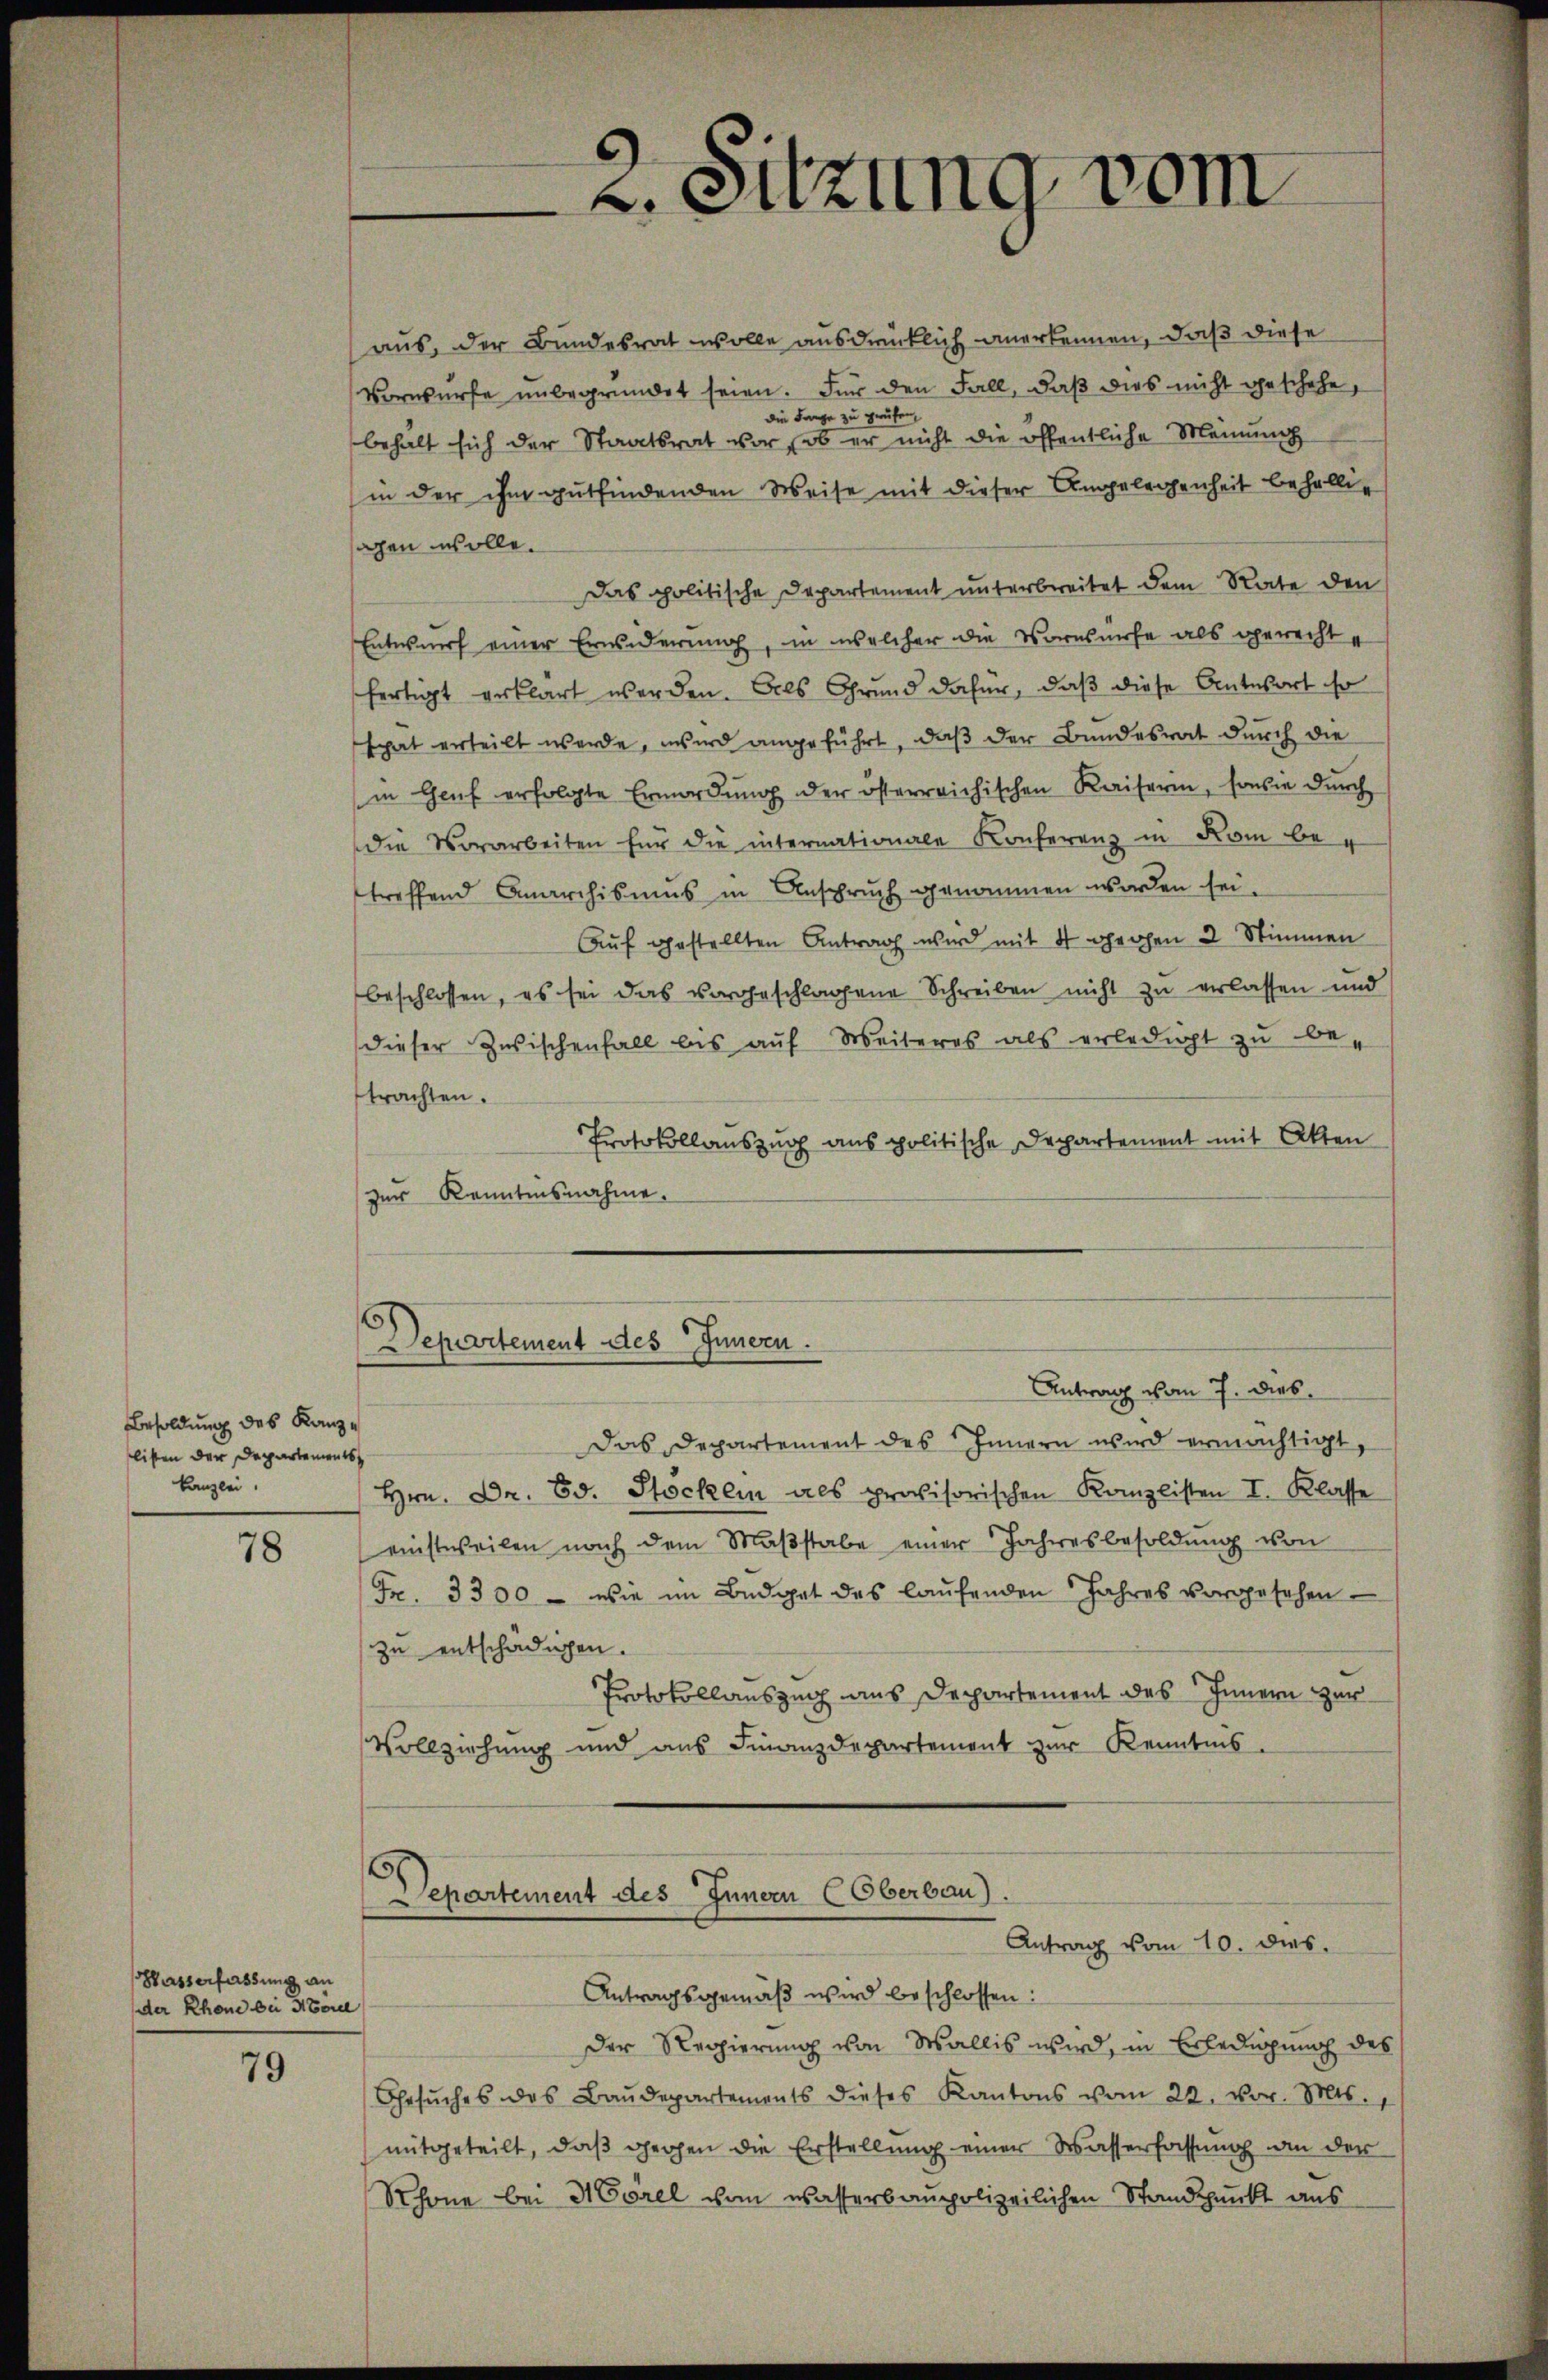
Besoldung des Kanzlisten der Departements
kanzlei.

78

aus, der Bundesrat wolle ausdrücklich anerkennen, daß diese
Vorwürfe unbegründet seien. Für den Fall, daß dies nicht geschehe,
die Frage zu prüfen,
behält sich der Staatsrat vor, ob er nicht die öffentliche Meinung
in der ihm gutfindenden Weise mit dieser Umgelegenheit behalteachen wolle.
Das politische Departement unterbreitet dem Rate den
Entwurf einer Erwiderung, in welcher die Vornsnerse als gerechte
fertigt erklärt werden. Als Grund dafür, daß diese Antwort so
spät erteilt werde, wird angeführt, daß der Bundesrat durch die
in Genf erfolgte Ermordung der österreichischen Kaiserin, sowie durch
die Vorarbeiten für die internationale Konferenz in Kom betreffend Anarchismus in Anspruch genommen worden sei.
Auf gestellten Antrag wird mit 4 gechen 2 Stimmen
beschlossen, es sei das vorgeschlagene Schreiben nicht zu erlassen und
dieser Zwischenfall bis aŭf Weiteres als erledigt zu be-
trachten.
Protokollauszug aus politische Departement mit Akten
zur Kenntnisnahme.

Basserfassung an
der Rhone bei Morel

79

z. Sitzung vom

Departement des Innern.
Antrag vom 7. Dieb¬

Das Departement des Innern wird ermächtigt,
Hrn. Dr. Ed. Stöcker als provisorischen Kanzlisten I. Klasse
einstweilen nach dem Maβstabe einer Jahresbesoldŭng von
Fr. 3300 - wie im Büdget des laufenden Jahres vorgesehen
zu entschädigen.
Protokollauszug aus Departement des Innern zur
Vollziehung und aus Finanzdepartement zur Kenntnis.

6
Departement des Innern (Oberbau).
Antrag vom 10. dies
Antragsgemäß wird beschlossen:

Der Regierung von Wallis wird, in Erledigung des
Gesŭches des Baŭdepartements dieses Kantons vom 22. vor. Mts.
mitgeteilt, daβ gegen die Erstellung einer Wasserfassung an der
Rhone bei Morel vom wasserbaupolizeilichen Standpunkt aus